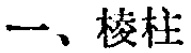
一、棱柱